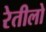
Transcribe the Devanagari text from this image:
रेतीलो